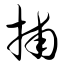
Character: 捕